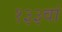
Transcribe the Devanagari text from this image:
१३३वां